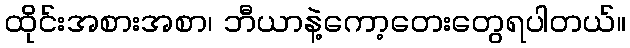
ထိုင်းအစားအစာ၊ ဘီယာနဲ့ကော့တေးတွေရပါတယ်။